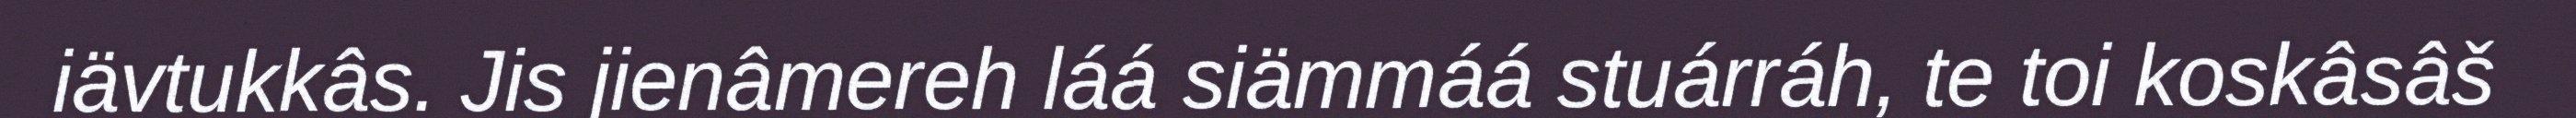
iävtukkâs. Jis jienâmereh láá siämmáá stuárráh, te toi koskâsâš